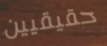
حقيقيين